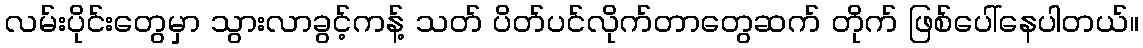
လမ်းပိုင်းတွေမှာ သွားလာခွင့်ကန့် သတ် ပိတ်ပင်လိုက်တာတွေဆက် တိုက် ဖြစ်ပေါ်နေပါတယ်။